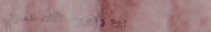
بيع وتوزيع الأثاث المنزلي